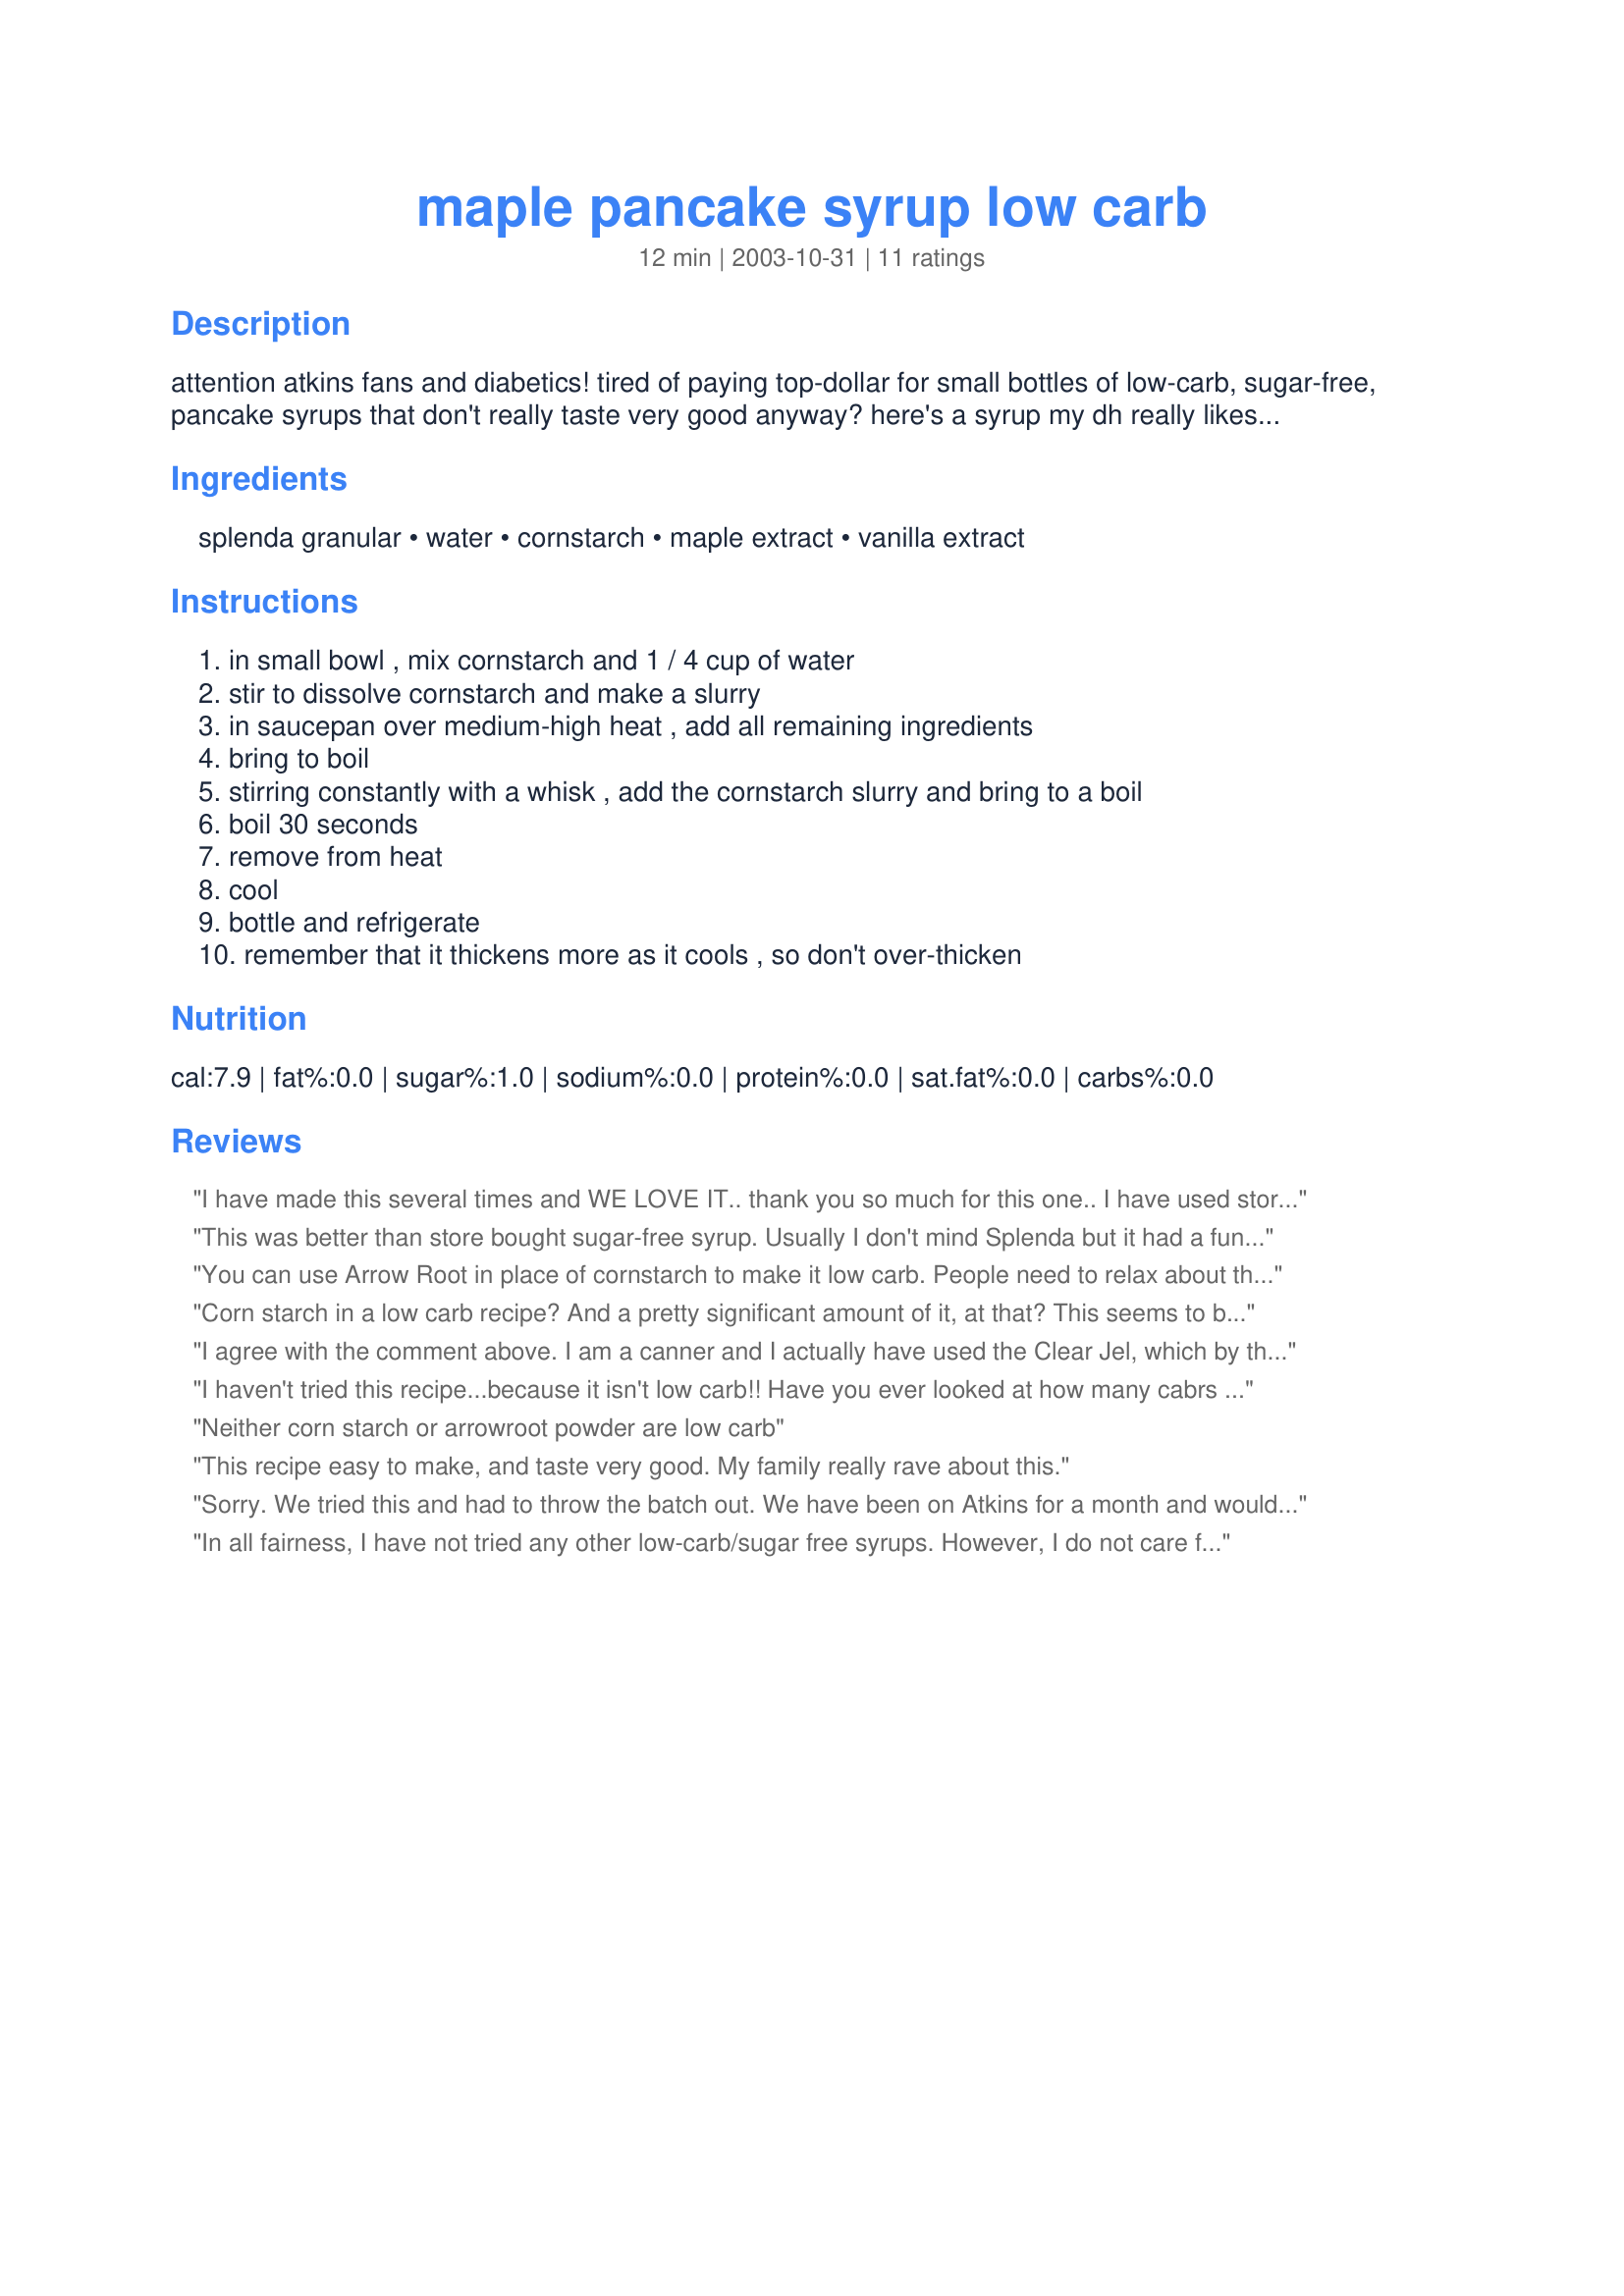
maple pancake syrup low carb
Preparation time: 12 minutes

attention atkins fans and diabetics! tired of paying top-dollar for small bottles of low-carb, sugar-free, pancake syrups that don't really taste very good anyway? here's a syrup my dh really likes! thicken more if you like! prefer an orange syrup? feel free to substitute other extracts for the maple and vanilla extract!

Ingredients:
splenda granular, water, cornstarch, maple extract, vanilla extract

Steps:
in small bowl , mix cornstarch and 1 / 4 cup of water, stir to dissolve cornstarch and make a slurry, in saucepan over medium-high heat , add all remaining ingredients, bring to boil, stirring constantly with a whisk , add the cornstarch slurry and bring to a boil, boil 30 seconds, remove from heat, cool, bottle and refrigerate, remember that it thickens more as it cools , so don't over-thicken

Reviews:
I have made this several times and WE LOVE IT.. thank you so much for this one.. I have used store bought for many years and this is even better.. I do not notice the aftertaste they mention. I use Clear Jel to thicken...... I keep this made up..I hope to Can it for myself.. Still checking on that..but to me THIS IS THE BEST...
This was better than store bought sugar-free syrup. Usually I don't mind Splenda but it had a funny after taste in this.
You can use Arrow Root in place of cornstarch to make it low carb. People need to relax about the cornstarch being in it. If you are a low carb fan like myself -- you would have know about the substitution. It looks like a great recipe and I will come back to comment on it when I make it.
Corn starch in a low carb recipe? And a pretty significant amount of it, at that? This seems to be missing the point. Most TRUE low carbers would substitute xanthan gum to thicken it, or even some heavy cream (which is really delicious over pancakes). Of course, those would be almond flour pancakes. :-)
I agree with the comment above. I am a canner and I actually have used the Clear Jel, which by the way, is what is actually used to make any syrup that is not real actual maple syrup. I bought it on Amazon and you can get it in small amounts there.Worth every penny and it&#039;s not expensive. But most of all....nutrition label say no carbs!
I haven't tried this recipe...because it isn't low carb!! Have you ever looked at how many cabrs are in corn starch? 1 tbsp contains 7.4g...if you only use 1 tbsp...maybe you can make it work...but any more and it's bye bye low carb. Atkins makes a thick and thin not/ starch product...use that!
Neither corn starch or arrowroot powder are low carb
This recipe easy to make, and taste very good. My family really rave about this.
Sorry. We tried this and had to throw the batch out. We have been on Atkins for a month and would just rather pay for his expensive syrup.
In all fairness, I have not tried any other low-carb/sugar free syrups. However, I do not care for the taste at all. :(
I agree that this is better than most store bought sugar-free syrups, but it did have an after taste. I may try again with less Splenda or other flavors.
